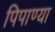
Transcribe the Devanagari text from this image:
पिपाण्या